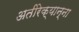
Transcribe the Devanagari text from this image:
अतीरेक्यान्ना